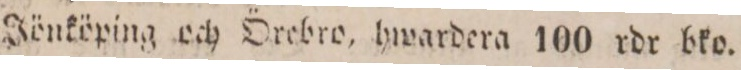
Jönköping och Örebro, hwardera 100 rdr bko.